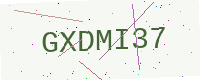
Text: GXDMI37